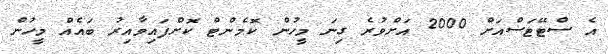
އެ ސްޓޭޓަސްއަށް 2000 އަށްވުރެ ގިނަ މީހުން ކޮމެންޓް ކޮށްފައިވާއިރު ބައެއް މީހުން